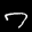
Label: 7